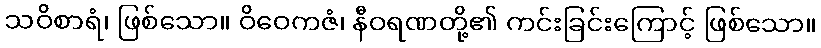
သဝိစာရံ၊ ဖြစ်သော။ ဝိဝေကဇံ၊ နီဝရဏတို့၏ ကင်းခြင်းကြောင့် ဖြစ်သော။